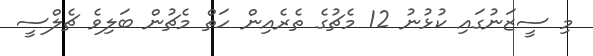
މި ސީޒަނުގައި ކުޅުނު 12 މެޗުގެ ތެރެއިން ހަތް މެޗުން ބަލިވެ ޗެލްސީ